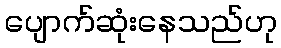
ပျောက်ဆုံးနေသည်ဟု